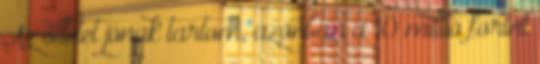
Az ötletet jónak tartom, azonban a 10 millió forint